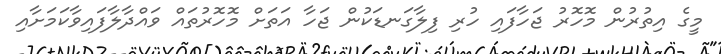
މީގެ އިތުރުން މޮހޮރު ޖަހާފައި ހުރި ފިލާގަނޑަކުން ޖަހާ އަތަށް މޮހޮރުތައް ވައްދާލާފައިވާކަމަށާއި